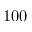
1 0 0